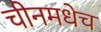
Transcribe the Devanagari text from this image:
चीनमधेच